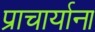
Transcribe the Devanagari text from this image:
प्राचार्याना